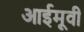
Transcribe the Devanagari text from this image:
आईमूवी